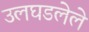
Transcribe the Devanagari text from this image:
उलघडलेले